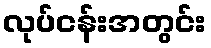
လုပ်ငန်းအတွင်း